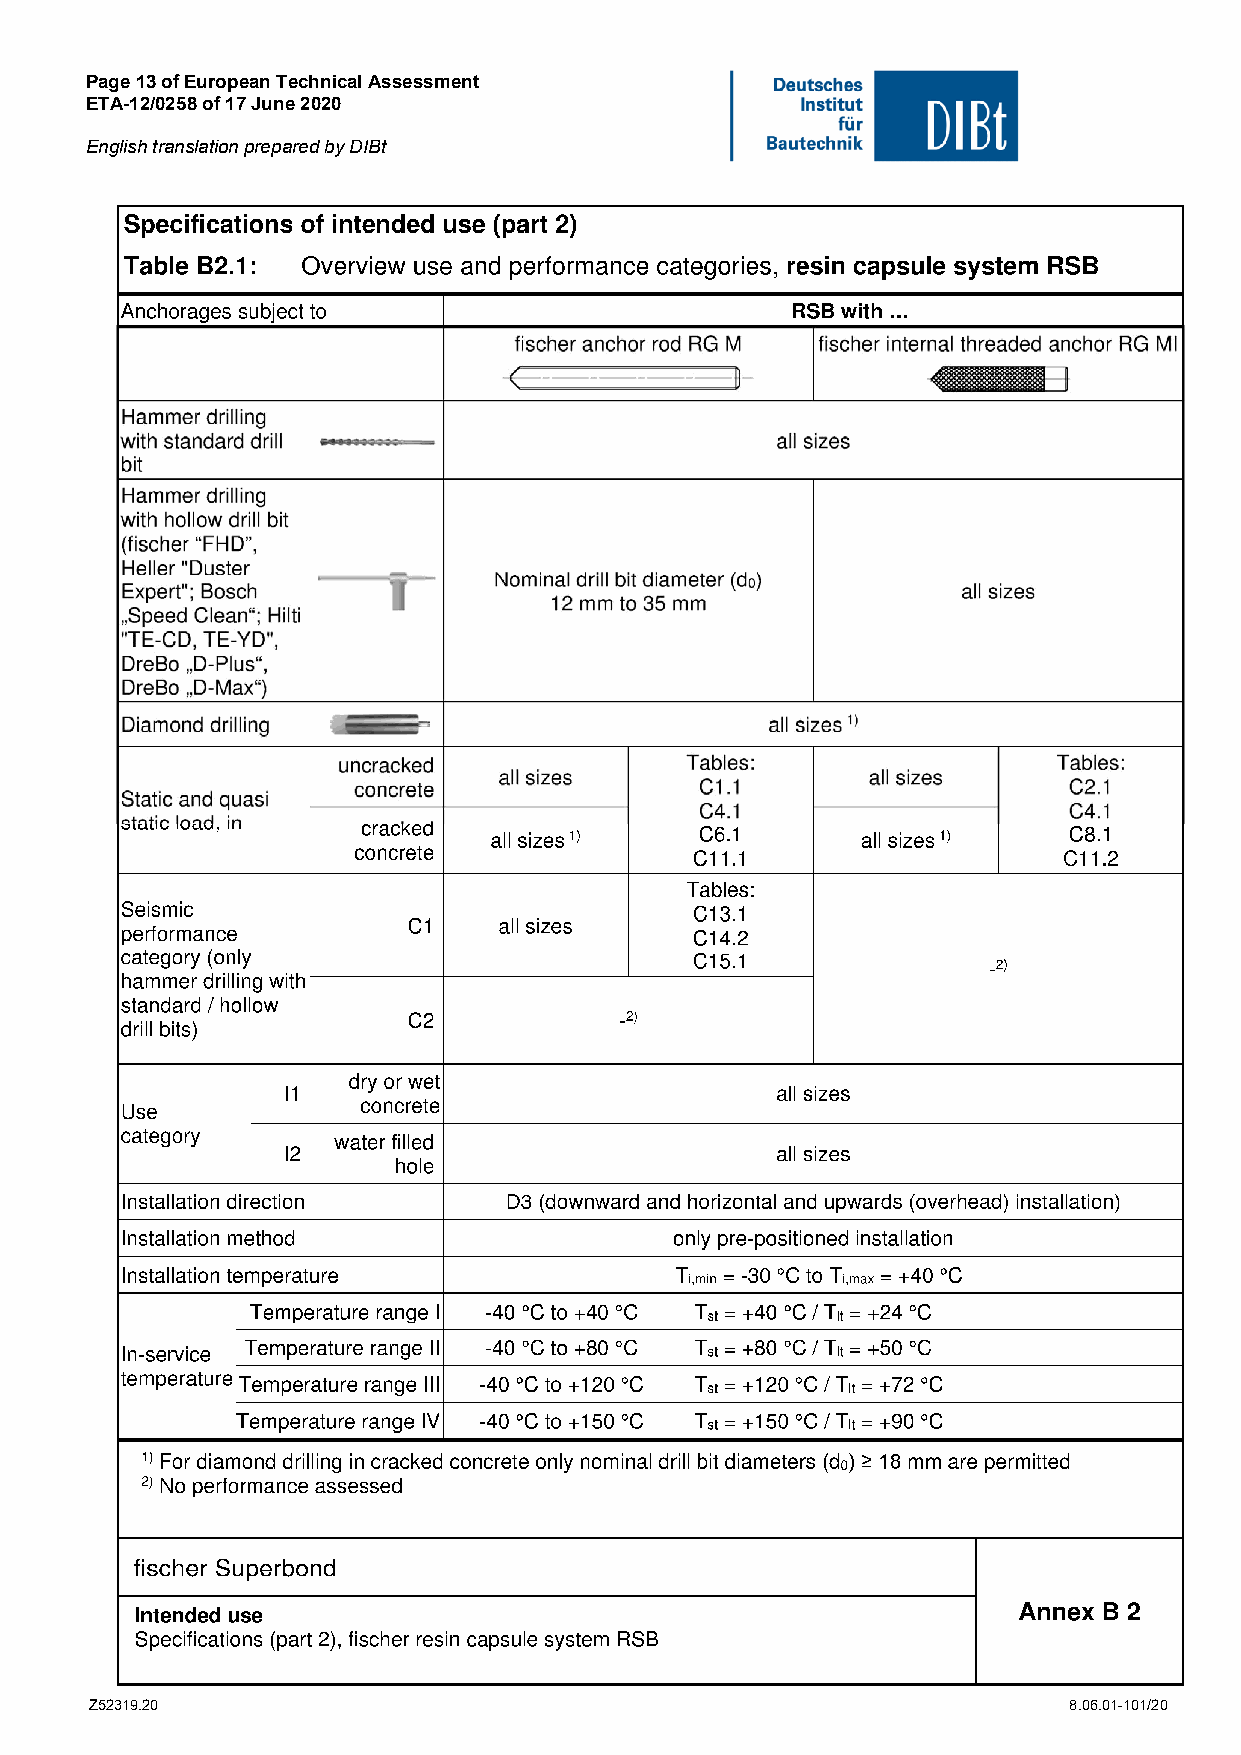
Page 13 of European Technical Assessment
 ETA-12/0258 of 17 June 2020
 English translation prepared by DIBt
 Z52319.20                                                        8.06.01-101/20